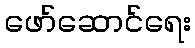
ဖော်ဆောင်ရေး